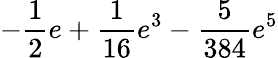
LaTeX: -\frac{1}{2}e+\frac{1}{16}e^{3}-\frac{5}{384}e^{5}